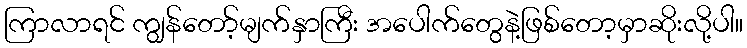
ကြာလာရင် ကျွန်တော့်မျက်နှာကြီး အပေါက်တွေနဲ့ဖြစ်တော့မှာဆိုးလို့ပါ။